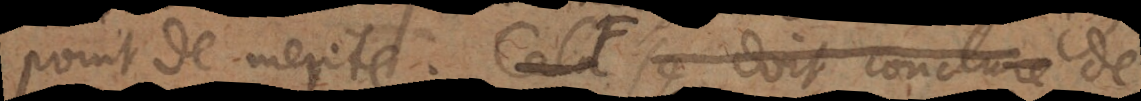
point de merite. Cela se doit conclure